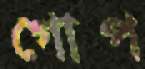
গোপ